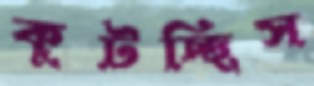
কুটচ্ছিস